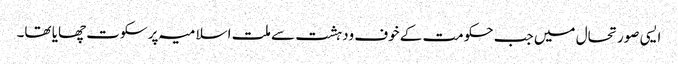
ایسی صورتحال میں جب حکومت کے خوف ودہشت سے ملت اسلامیہ پر سکوت چھایا تھا۔